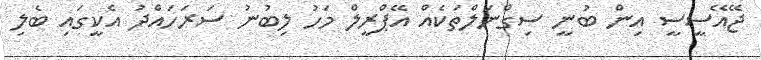
ޖޭއޭސީސީ އިން ބުނީ ސިގްނަލްތަކެއް އޭޕްރީލް މަހު ލިބުނު ސަރަހައްދު އެކީގައި ބެލި